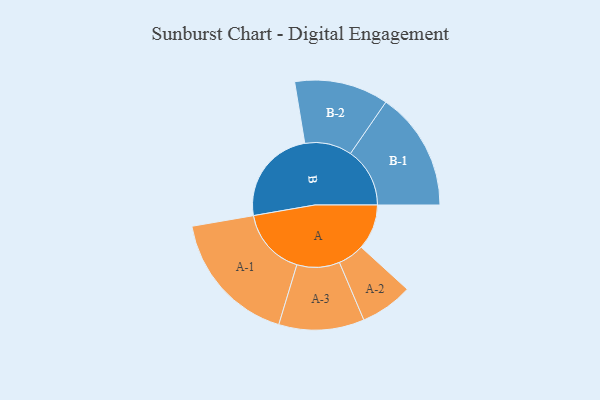
{"axis": {"x": "Segment", "y": "Value"}, "legend": ["", "A", "B"], "data": [{"x": "A", "y": 188, "type": ""}, {"x": "B", "y": 401, "type": ""}, {"x": "A-1", "y": 281, "type": "A"}, {"x": "A-2", "y": 109, "type": "A"}, {"x": "A-3", "y": 177, "type": "A"}, {"x": "B-1", "y": 246, "type": "B"}, {"x": "B-2", "y": 195, "type": "B"}]}